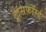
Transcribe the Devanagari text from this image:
ट्रांसफ़ॉर्म्ड